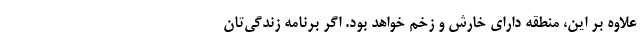
علاوه بر این، منطقه دارای خارش و زخم خواهد بود. اگر برنامه زندگی‌تان